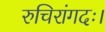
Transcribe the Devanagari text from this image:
रुचिरांगदः।